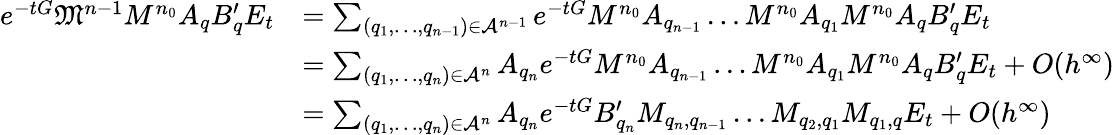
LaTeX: \begin{array}{rl}{e^{-tG}\mathfrak{M}^{n-1}M^{n_{0}}A_{q}B_{q}^{\prime}E_{t}}&{=\sum_{(q_{1},\dots,q_{n-1})\in\mathcal{A}^{n-1}}e^{-tG}M^{n_{0}}A_{q_{n-1}}\dots M^{n_{0}}A_{q_{1}}M^{n_{0}}A_{q}B_{q}^{\prime}E_{t}}\\ &{=\sum_{(q_{1},\dots,q_{n})\in\mathcal{A}^{n}}A_{q_{n}}e^{-tG}M^{n_{0}}A_{q_{n-1}}\dots M^{n_{0}}A_{q_{1}}M^{n_{0}}A_{q}B_{q}^{\prime}E_{t}+O(h^{\infty})}\\ &{=\sum_{(q_{1},\dots,q_{n})\in\mathcal{A}^{n}}A_{q_{n}}e^{-tG}B_{q_{n}}^{\prime}M_{q_{n},q_{n-1}}\dots M_{q_{2},q_{1}}M_{q_{1},q}E_{t}+O(h^{\infty})}\end{array}